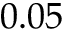
0 . 0 5